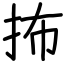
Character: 抪